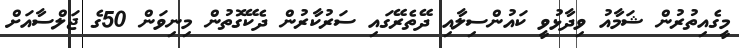
މީގެއިތުރުން ޝަމާއު ވިދާޅުވީ ކައުންސިލާއި ދޭތެރޭގައި ސަރުކާރުން ދެކޭގޮތުން މިނިވަން 50ގެ ޖަލްސާއަށް